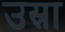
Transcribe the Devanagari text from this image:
उस्रा